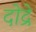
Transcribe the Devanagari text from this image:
दोद्रे